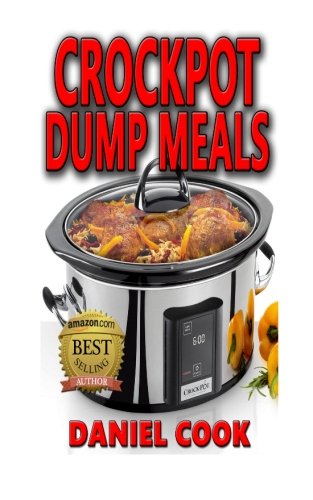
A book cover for Crockpot Dump Meals: Delicious Dump Meals, Dump Dinners Recipes For Busy People (crock pot dump meals, crockpot dump dinners, dump dinners) (Volume 1); Daniel Cook; Cookbooks, Food & Wine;